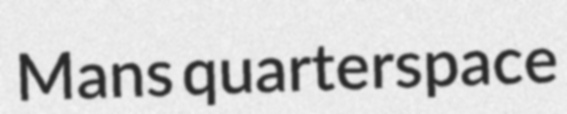
Mans quarterspace